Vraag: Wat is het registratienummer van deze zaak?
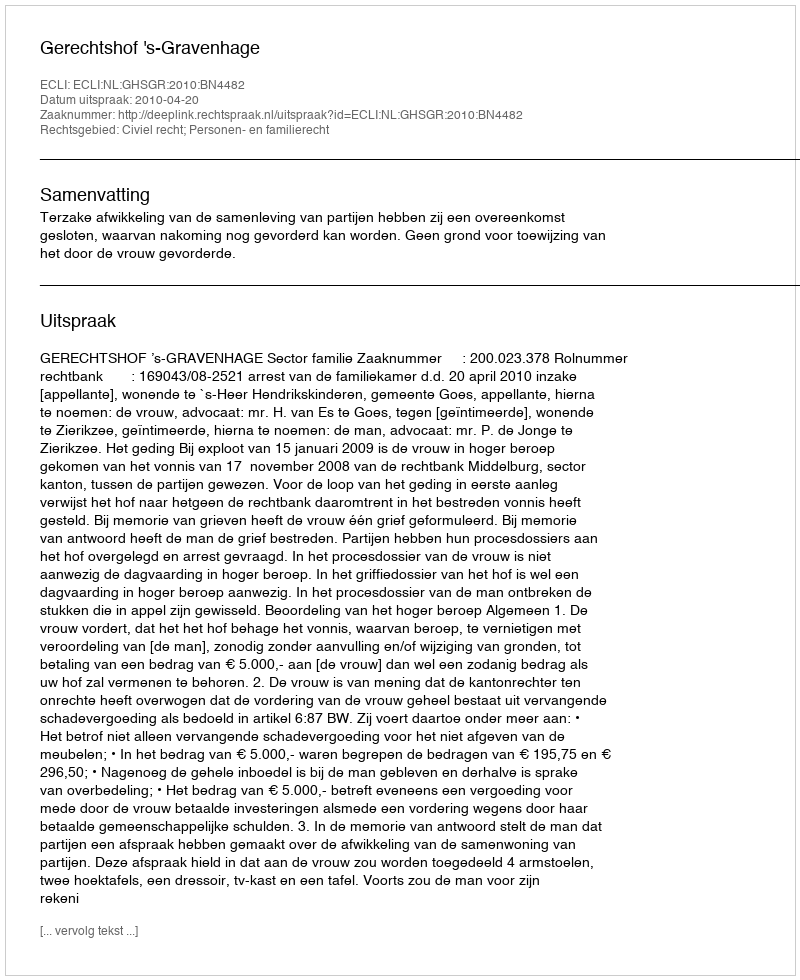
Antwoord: http://deeplink.rechtspraak.nl/uitspraak?id=ECLI:NL:GHSGR:2010:BN4482